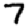
Digit: 7